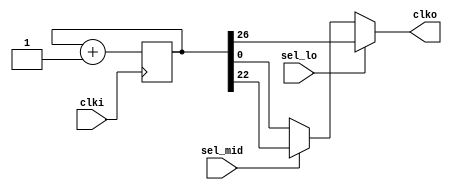
module mfp_clock_divider
(
    input      clki,
    input      sel_lo,
    input      sel_mid,
    output reg clko
);

    parameter DIV_POW_FASTEST = 1;
    parameter DIV_POW_SLOWEST = 27;

    reg [DIV_POW_SLOWEST - 1: 0] counter;

    always @ (posedge clki)
        counter <= counter + 1'b1;

    always @ (*)
	  clko = sel_lo  ? counter [DIV_POW_SLOWEST - 1] : 
             sel_mid ? counter [DIV_POW_SLOWEST - 5] :
                       counter [DIV_POW_FASTEST - 1] ;

endmodule

//--------------------------------------------------------------------

module mfp_clock_divider_100_MHz_to_25_MHz_12_Hz_0_75_Hz
(
    input  clki,
    input  sel_lo,
    input  sel_mid,
    output clko
);

    // sel = ?1: clock frequency = 100 MHz / 2 ** 27 = 0.75 Hz
    // sel = 10: clock frequency = 100 MHz / 2 ** 23 = 12 Hz
    // sel = 00: clock frequency = 100 MHz / 4       = 25 MHz


    mfp_clock_divider # (.DIV_POW_FASTEST (2), .DIV_POW_SLOWEST (27))
    mfp_clock_divider (clki, sel_lo, sel_mid, clko);

endmodule

//--------------------------------------------------------------------

module mfp_clock_divider_50_MHz_to_25_MHz_12_Hz_0_75_Hz
(
    input  clki,
    input  sel_lo,
    input  sel_mid,
    output clko
);

    mfp_clock_divider # (.DIV_POW_FASTEST (1), .DIV_POW_SLOWEST (26))
    mfp_clock_divider (clki, sel_lo, sel_mid, clko);

endmodule

//--------------------------------------------------------------------

module mfp_clock_divider_100_MHz_to_763_Hz
(
    input  clki,
    output clko
);

    mfp_clock_divider
    # (.DIV_POW_SLOWEST (17))
    mfp_clock_divider
    (
        .clki    ( clki ),
        .sel_lo  ( 1'b1 ),
        .sel_mid ( 1'b0 ),
        .clko    ( clko )
    );

endmodule